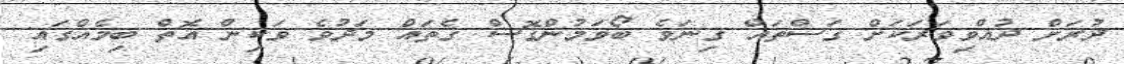
ދުރަށް ދުއްވިވަރަކަށް ގަސްތައް ގިނަވެ ބޯވަމުންގޮސް ގެތައް މަދުވެ ވަކިން އޮތް ބިމެއްގައި